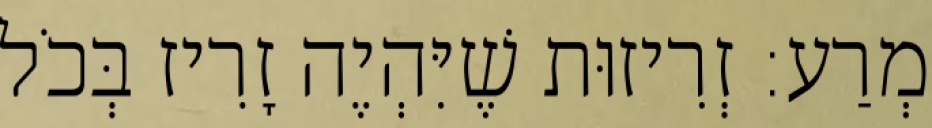
מְרַע: זְרִיזוּת שֶׁיִּהְיֶה זָרִיז בְּכֹל